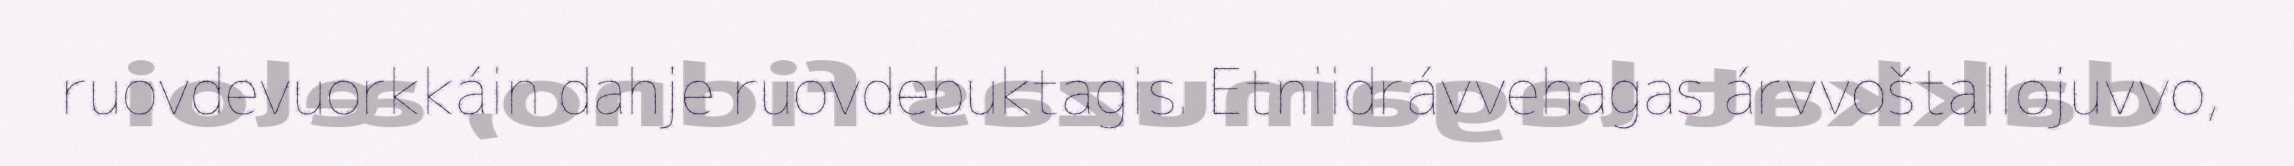
ruovdevuorkkáin dahje ruovdebuktagis. Etniidrávvehagas árvvoštallojuvvo,